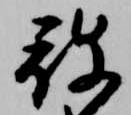
被